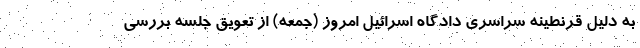
به دلیل قرنطینه سراسری دادگاه اسرائیل امروز (جمعه) از تعویق جلسه بررسی